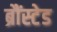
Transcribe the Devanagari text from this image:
ब्रौंस्टेड